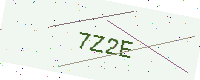
Text: 7Z2E